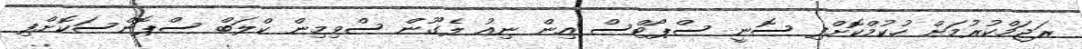
ރަޖަމްކުރުމަށް ހުކުމްކޮށްފި ސޮނީ ސްޕޯޓްސް އިން ނިއު ލެގޫން ސްވިމިން ކްލަބް ސްޕޮންސަކޮށްފި